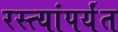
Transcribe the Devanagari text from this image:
रस्त्यांपर्यंत